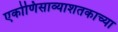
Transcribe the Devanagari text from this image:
एकोणिसाव्याशतकाच्या